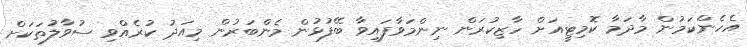
އެހެންކަމުން މާދަމާ ކޮމިޓީއަށް ހާޒިކުރަން ނިންމަވާފައިވާ ބޭފުޅުން މެންބަރުން މިއަދު ކުރެއްވި ސުވާލުތަކަށް